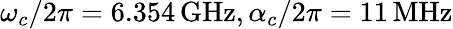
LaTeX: \omega_{c}/2\pi=6.354\, \textrm{GHz},\alpha_{c}/2\pi=11\, \textrm{MHz}